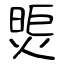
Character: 煚